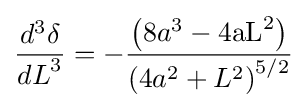
{\frac {d^{3}\delta }{{dL}^{3}}}=-{\frac {\left(8a^{3}-4{\text{aL}}^{2}\right)}{\left(4a^{2}+L^{2}\right)^{5/2}}}